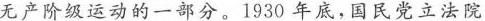
无产阶级运动的一部分。1930年底，国民党立法院